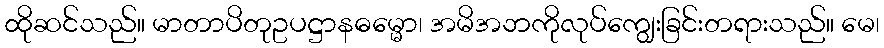
ထိုဆင်သည်။ မာတာပိတုဥပဋ္ဌာနဓမ္မော၊ အမိအဘကိုလုပ်ကျွေးခြင်းတရားသည်။ မေ၊